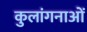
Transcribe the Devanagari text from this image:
कुलांगनाओं